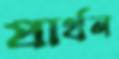
প্রার্থন